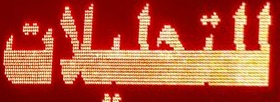
للتحلیلات